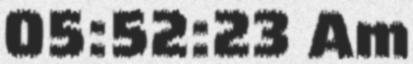
05:52:23 Am